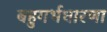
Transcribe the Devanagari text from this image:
बहुगर्भधारणा